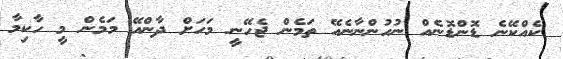
ކެއްކޭނެ ޑޮންޑޮނެއް ނުހުންނާނެއޭ ތަމެން ޖެހޭނީ މަަހަށް ދާންއޭ މަމެން މީ ހާކިމާ